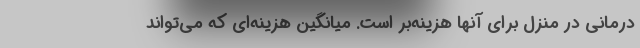
درمانی در منزل برای آنها هزینه‌بر است. میانگین هزینه‌ای که می‌تواند